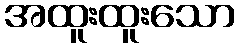
အထူးထူးသော